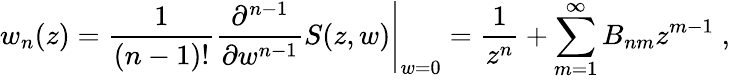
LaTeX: w_{n}(z)=\left.\frac{1}{(n-1)!}\frac{\partial^{n-1}}{\partial w^{n-1}}S(z,w)\right|_{w=0}=\frac{1}{z^{n}}+\sum_{m=1}^{\infty}B_{nm}z^{m-1}\; ,